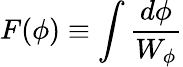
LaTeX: F(\phi)\equiv\int{\frac{d\phi}{W_{\phi}}}